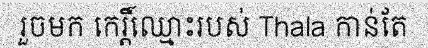
រួចមក កេរ្តិ៍ឈ្មោះរបស់ Thala កាន់តែ